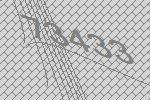
73433